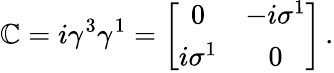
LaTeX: \mathbb{C}=i\gamma^{3}\gamma^{1}=\left[\begin{array}{cc}{{0}}&{{-i\sigma^{1}}}\\ {{i\sigma^{1}}}&{{0}}\end{array}\right]\, .